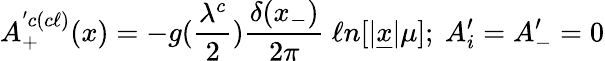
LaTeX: A_{+}^{^\prime c(c\ell)}(x)=-g({\frac{\lambda^{c}}{2}}){\frac{\delta(x_{-})}{2\pi}}\ \ell n[\vert\underline{{{x}}}\vert\mu];\ A_{i}^{\prime}=A_{-}^{\prime}=0